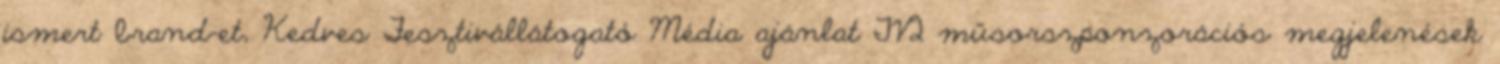
ismert brand-et, Kedves Fesztivállátogató Média ajánlat TV2 műsorszponzorációs megjelenések